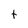
Character: t